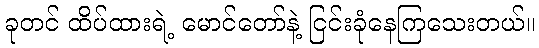
ခုတင် ထိပ်ထားရဲ့ မောင်တော်နဲ့ ငြင်းခုံနေကြသေးတယ်။